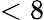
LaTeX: <8